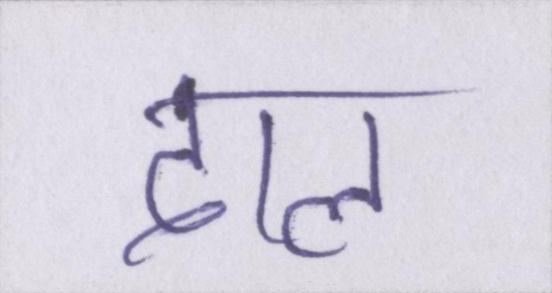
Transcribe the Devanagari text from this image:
दाल